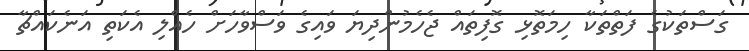
ގަސްތަކުގެ ފަތްތަކާ ހިމަތޮޅި ގޮފިތައް ޖެހެމުންދިޔަ ވައިގެ ވަސްވާހަށް ހެއްލި އެކަތި އަނެކައްޗާ